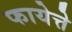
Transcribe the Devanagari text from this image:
फायेत्ते